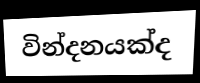
වින්දනයක්ද